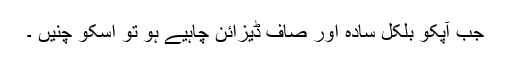
جب آپکو بلکل سادہ اور صاف ڈیزائن چاہیے ہو تو اسکو چنیں ۔